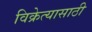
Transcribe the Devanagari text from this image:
विक्रेत्यासाठी